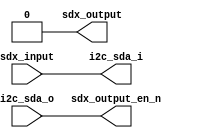
`timescale 1ns/10ps
module io_ctrl (
	i2c_sda_i, // input data for i2c interface (put this signal to i2c delay block)
	i2c_sda_o, // output data for i2c_interface (put this signal to i2c delay block)
	sdx_input, // input value for SDX pad 
	sdx_output, // output to sdx pad
	sdx_output_en_n //output enable signal for SDX pad
	);
	
output i2c_sda_i;
input i2c_sda_o;
input sdx_input;
output sdx_output;
output sdx_output_en_n;

reg i2c_sda_i;
reg sdx_output;
reg sdx_output_en_n;

always @ (*)
  begin
    // I2C interface selected
    i2c_sda_i = sdx_input;
    sdx_output = 1'b0;
    sdx_output_en_n = i2c_sda_o;
  end
	
endmodule